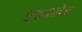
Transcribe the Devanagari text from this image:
एकानेच